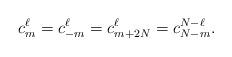
LaTeX: \begin{align*}c_m^{\ell}=c_{-m}^{\ell}=c_{m+2N}^{\ell}=c_{N-m}^{N-\ell}.\end{align*}